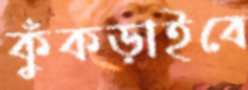
কুঁকড়াইবে